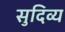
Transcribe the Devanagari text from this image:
सुदिव्य